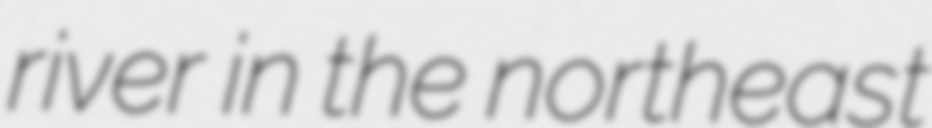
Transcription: river in the northeast